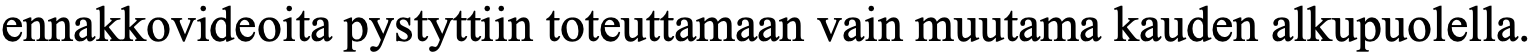
ennakkovideoita pystyttiin toteuttamaan vain muutama kauden alkupuolella.